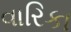
વારિકા